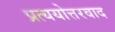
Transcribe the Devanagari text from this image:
प्रत्ययोत्तरवाद